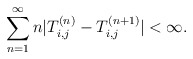
\begin{align*}\sum_{n=1}^\infty n|T_{i,j}^{(n)}-T_{i,j}^{(n+1)}|<\infty.\end{align*}